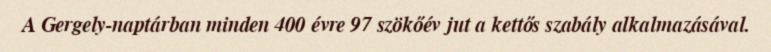
A Gergely-naptárban minden 400 évre 97 szökőév jut a kettős szabály alkalmazásával.